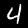
Digit: 4